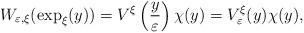
\begin{align*}W_{\varepsilon,\xi}(\exp_{\xi}(y))=V^{\xi}\left( \frac{y}{\varepsilon}\right) \chi(y)=V_{\varepsilon}^{\xi}(y)\chi(y),\end{align*}